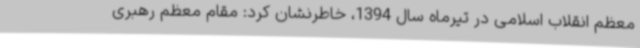
معظم انقلاب اسلامی در تیرماه سال 1394، خاطرنشان کرد: مقام معظم رهبری